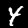
Digit: 4